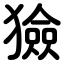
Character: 獫